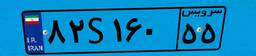
۵۲S۷۱۳۶۵